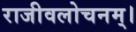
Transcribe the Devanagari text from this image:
राजीवलोचनम्‌।